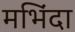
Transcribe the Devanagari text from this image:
मभिंदा